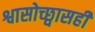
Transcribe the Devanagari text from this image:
श्वासोच्छ्वासही